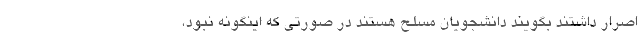
اصرار داشتند بگویند دانشجویان مسلح هستند در صورتی که اینگونه نبود،